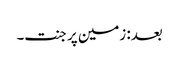
بعد: زمین پر جنت۔